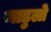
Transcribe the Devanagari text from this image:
माडुलो